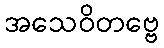
အသေဝိတဗ္ဗေ